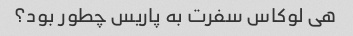
هی لوکاس سفرت به پاریس چطور بود؟